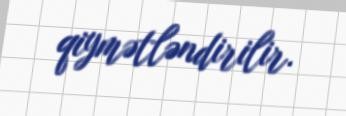
qiymətləndirilir.